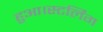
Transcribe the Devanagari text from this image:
हुआ।स्टर्लिंग